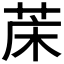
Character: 𮶢